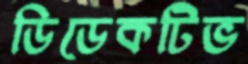
ডিডেকটিভ